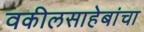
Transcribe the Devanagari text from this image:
वकीलसाहेबांचा